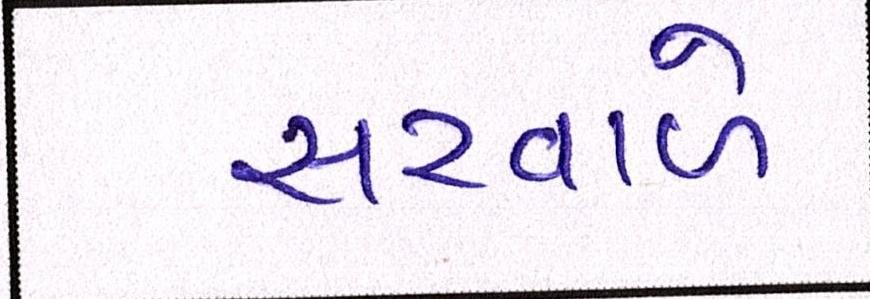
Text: સરવાળે